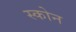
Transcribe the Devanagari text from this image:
स्कोन